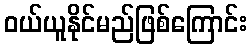
ဝယ်ယူနိုင်မည်ဖြစ်ကြောင်း